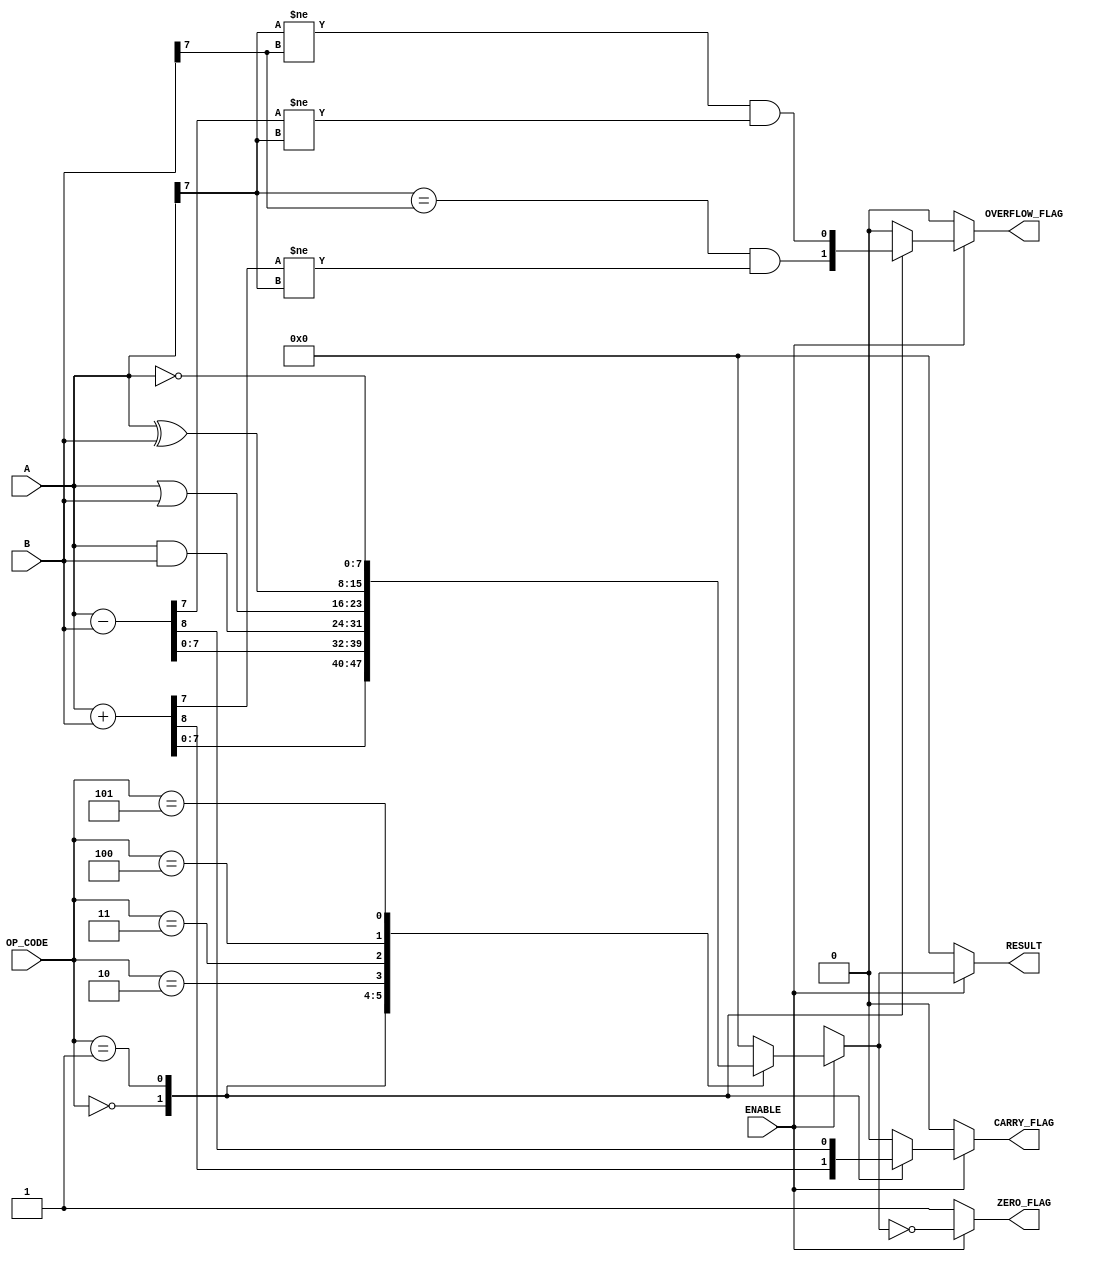
module ParameterizedALU #(
    parameter DATA_WIDTH = 8,                // Parameter for data width
    parameter OPERATION_MODE = 4              // Parameter for operation code width
) (
    input  wire [DATA_WIDTH-1:0] A,          // Input operand A
    input  wire [DATA_WIDTH-1:0] B,          // Input operand B
    input  wire [OPERATION_MODE-1:0] OP_CODE, // Operation code
    input  wire ENABLE,                       // Enable signal
    output reg [DATA_WIDTH-1:0] RESULT,      // ALU Result
    output reg ZERO_FLAG,                     // Zero flag
    output reg CARRY_FLAG,                    // Carry flag
    output reg OVERFLOW_FLAG                   // Overflow flag
);

    // Define operation codes
    localparam ADD       = 4'b0000;
    localparam SUBTRACT  = 4'b0001;
    localparam AND       = 4'b0010;
    localparam OR        = 4'b0011;
    localparam XOR       = 4'b0100;
    localparam NOT       = 4'b0101;

    // Always block for ALU operation
    always @(*) begin
        if (ENABLE) begin
            case (OP_CODE)
                ADD: begin
                    {CARRY_FLAG, RESULT} = A + B;
                    OVERFLOW_FLAG = (A[DATA_WIDTH-1] == B[DATA_WIDTH-1]) && (RESULT[DATA_WIDTH-1] != A[DATA_WIDTH-1]);
                end
                SUBTRACT: begin
                    {CARRY_FLAG, RESULT} = A - B;
                    OVERFLOW_FLAG = (A[DATA_WIDTH-1] != B[DATA_WIDTH-1]) && (RESULT[DATA_WIDTH-1] != A[DATA_WIDTH-1]);
                end
                AND: begin
                    RESULT = A & B;
                    CARRY_FLAG = 1'b0; // No carry for logical operations
                    OVERFLOW_FLAG = 1'b0; // No overflow for logical operations
                end
                OR: begin
                    RESULT = A | B;
                    CARRY_FLAG = 1'b0; // No carry for logical operations
                    OVERFLOW_FLAG = 1'b0; // No overflow for logical operations
                end
                XOR: begin
                    RESULT = A ^ B;
                    CARRY_FLAG = 1'b0; // No carry for logical operations
                    OVERFLOW_FLAG = 1'b0; // No overflow for logical operations
                end
                NOT: begin
                    RESULT = ~A; // Using A for NOT operation
                    CARRY_FLAG = 1'b0; // No carry for NOT operation
                    OVERFLOW_FLAG = 1'b0; // No overflow for NOT operation
                end
                default: begin
                    RESULT = {DATA_WIDTH{1'b0}}; // Default to 0
                    CARRY_FLAG = 1'b0;
                    OVERFLOW_FLAG = 1'b0;
                end
            endcase
            
            // Set the ZERO_FLAG
            ZERO_FLAG = (RESULT == {DATA_WIDTH{1'b0}});
        end else begin
            // Default state when ENABLE is low
            RESULT = {DATA_WIDTH{1'b0}};
            CARRY_FLAG = 1'b0;
            OVERFLOW_FLAG = 1'b0;
            ZERO_FLAG = 1'b1; // Since RESULT is zero
        end
    end
endmodule